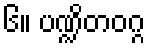
၆။ ပဏ္ဍိတဝဂ္ဂ